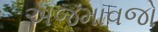
અજમાવજો